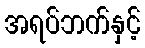
အရပ်ဘက်နှင့်